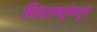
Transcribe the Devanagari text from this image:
मित्रराष्ट्रांकडून